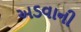
અડવાની